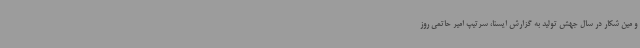
و مین شکار در سال جهش تولید به گزارش ایسنا، سرتیپ امیر حاتمی روز